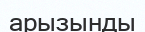
арызынды